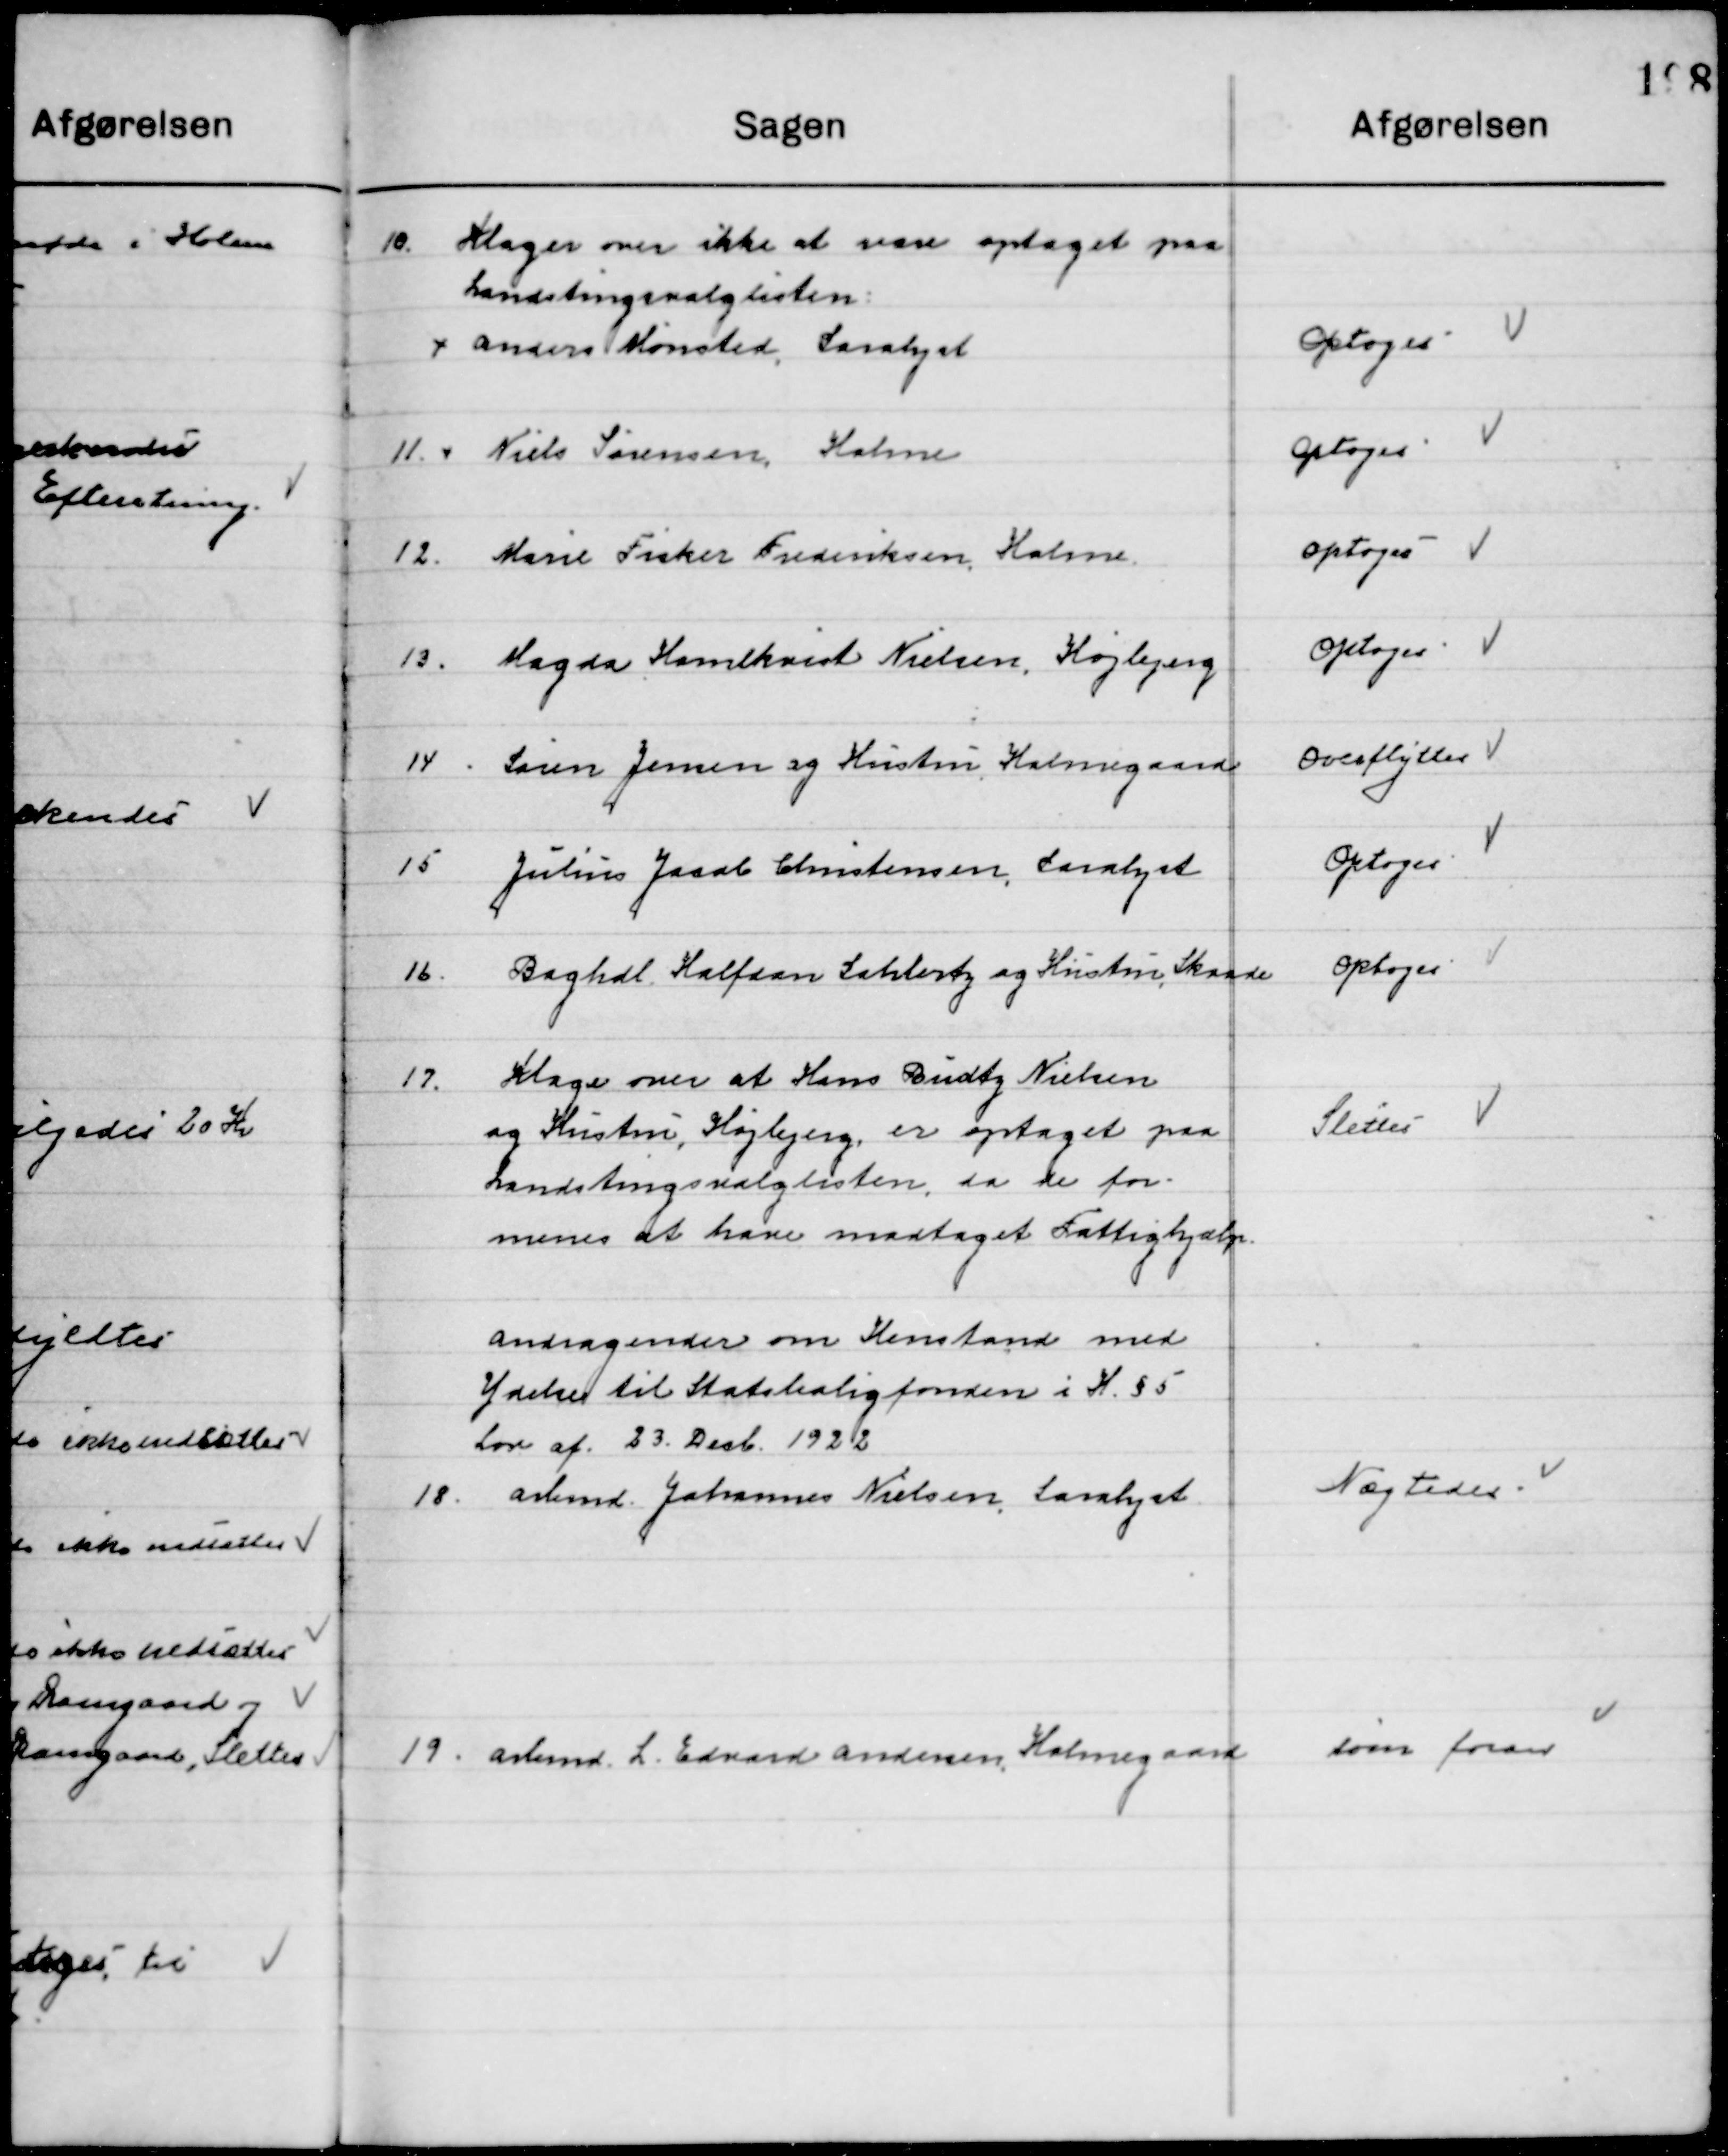
Transskription:
10

Klage over ikke at være optaget paa
Landtingsvalglisten 
Anders Mønsted, Saralyst

Optoges

11

Niels Sørensen, Holme

Optoges

12

Marie Fisker Frederiksen, Holme

Optoges

13

Magdalene Holmkvist Nielsen, Højbjerg

Optoges

14

Søren Jensen og Hustru Holmegaard

Overflyttes

15

Julius Jacob Christensen, Saralyst

Optoges

16

Boghdl. Halfdan Sahlerty og Hustru, Skaade

Optoges

17

Klage over at Hans Budtz Nielsen
og Hustru, Højbjerg, er optaget paa
Landtingsvalglisten, da de for-
menes at have modtaget Fattighjælp

Slettes

Andragende om Henstand med
Ydelse til Statsboligfonden i H. § 5
Lov af 23 Decb. 1922.

18

Arbmd. Johannes Nielsen Saralyst

Nægtes

19

Arbmd. L. Edvard Andersen Holmegaard

Som foran